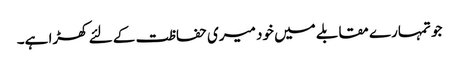
جو تمہارے مقابلے میں خود میری حفاظت کے لئے کھڑا ہے۔